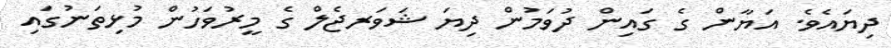
ދިޔައެވެ. އަޔާން ގެ ގައިން ދުވަމުން ދިޔަ ޝަވަރޖެލް ގެ މީރުވަހުން މުޅިތަނުގައި